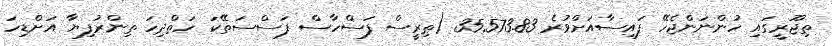
ތިޖޫރީގައި ހުންނަންޖެހޭ ފައިސާއަށްވުރެ 35